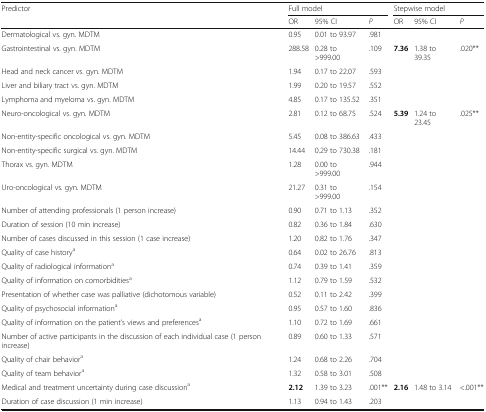
<table><thead><tr><td><b>Predictor</b></td><td colspan="3"><b>Full model</b></td><td colspan="3"><b>Stepwise model</b></td></tr><tr><td></td><td><b>OR</b></td><td><b>95% CI</b></td><td><b><i>P</i></b></td><td><b>OR</b></td><td><b>95% CI</b></td><td><b><i>P</i></b></td></tr></thead><tbody><tr><td>Dermatological vs. gyn. MDTM</td><td>0.95</td><td>0.01 to 93.97</td><td>.981</td><td></td><td></td><td></td></tr><tr><td>Gastrointestinal vs. gyn. MDTM</td><td>288.58</td><td>0.28 to &gt;999.00</td><td>.109</td><td><b>7.36</b></td><td>1.38 to 39.35</td><td>.020**</td></tr><tr><td>Head and neck cancer vs. gyn. MDTM</td><td>1.94</td><td>0.17 to 22.07</td><td>.593</td><td></td><td></td><td></td></tr><tr><td>Liver and biliary tract vs. gyn. MDTM</td><td>1.99</td><td>0.20 to 19.57</td><td>.552</td><td></td><td></td><td></td></tr><tr><td>Lymphoma and myeloma vs. gyn. MDTM</td><td>4.85</td><td>0.17 to 135.52</td><td>.351</td><td></td><td></td><td></td></tr><tr><td>Neuro-oncological vs. gyn. MDTM</td><td>2.81</td><td>0.12 to 68.75</td><td>.524</td><td><b>5.39</b></td><td>1.24 to 23.45</td><td>.025**</td></tr><tr><td>Non-entity-specific oncological vs. gyn. MDTM</td><td>5.45</td><td>0.08 to 386.63</td><td>.433</td><td></td><td></td><td></td></tr><tr><td>Non-entity-specific surgical vs. gyn. MDTM</td><td>14.44</td><td>0.29 to 730.38</td><td>.181</td><td></td><td></td><td></td></tr><tr><td>Thorax vs. gyn. MDTM</td><td>1.28</td><td>0.00 to &gt;999.00</td><td>.944</td><td></td><td></td><td></td></tr><tr><td>Uro-oncological vs. gyn. MDTM</td><td>21.27</td><td>0.31 to &gt;999.00</td><td>.154</td><td></td><td></td><td></td></tr><tr><td>Number of attending professionals (1 person increase)</td><td>0.90</td><td>0.71 to 1.13</td><td>.352</td><td></td><td></td><td></td></tr><tr><td>Duration of session (10 min increase)</td><td>0.82</td><td>0.36 to 1.84</td><td>.630</td><td></td><td></td><td></td></tr><tr><td>Number of cases discussed in this session (1 case increase)</td><td>1.20</td><td>0.82 to 1.76</td><td>.347</td><td></td><td></td><td></td></tr><tr><td>Quality of case history<sup>a</sup></td><td>0.64</td><td>0.02 to 26.76</td><td>.813</td><td></td><td></td><td></td></tr><tr><td>Quality of radiological information<sup>a</sup></td><td>0.74</td><td>0.39 to 1.41</td><td>.359</td><td></td><td></td><td></td></tr><tr><td>Quality of information on comorbidities<sup>a</sup></td><td>1.12</td><td>0.79 to 1.59</td><td>.532</td><td></td><td></td><td></td></tr><tr><td>Presentation of whether case was palliative (dichotomous variable)</td><td>0.52</td><td>0.11 to 2.42</td><td>.399</td><td></td><td></td><td></td></tr><tr><td>Quality of psychosocial information<sup>a</sup></td><td>0.95</td><td>0.57 to 1.60</td><td>.836</td><td></td><td></td><td></td></tr><tr><td>Quality of information on the patient’s views and preferences<sup>a</sup></td><td>1.10</td><td>0.72 to 1.69</td><td>.661</td><td></td><td></td><td></td></tr><tr><td>Number of active participants in the discussion of each individual case (1 person increase)</td><td>0.89</td><td>0.60 to 1.33</td><td>.571</td><td></td><td></td><td></td></tr><tr><td>Quality of chair behavior<sup>a</sup></td><td>1.24</td><td>0.68 to 2.26</td><td>.704</td><td></td><td></td><td></td></tr><tr><td>Quality of team behavior<sup>a</sup></td><td>1.32</td><td>0.58 to 3.01</td><td>.508</td><td></td><td></td><td></td></tr><tr><td>Medical and treatment uncertainty during case discussion<sup>a</sup></td><td><b>2.12</b></td><td>1.39 to 3.23</td><td>.001**</td><td><b>2.16</b></td><td>1.48 to 3.14</td><td>&lt;.001**</td></tr><tr><td>Duration of case discussion (1 min increase)</td><td>1.13</td><td>0.94 to 1.43</td><td>.203</td><td></td><td></td><td></td></tr></tbody></table>